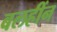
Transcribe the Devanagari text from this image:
बलहींन